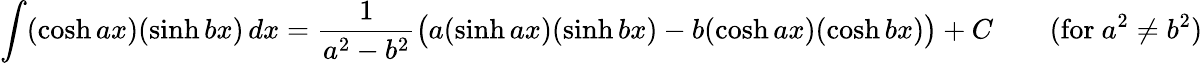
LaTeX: \int(\cosh ax)(\sinh bx)\, dx={\frac{1}{a^{2}-b^{2}}}{\big(}a(\sinh ax)(\sinh bx)-b(\cosh ax)(\cosh bx){\big)}+C\qquad{\mathrm{(for~}}a^{2}\neq b^{2}{\mathrm{)}}